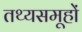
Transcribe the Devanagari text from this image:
तथ्यसमूहों